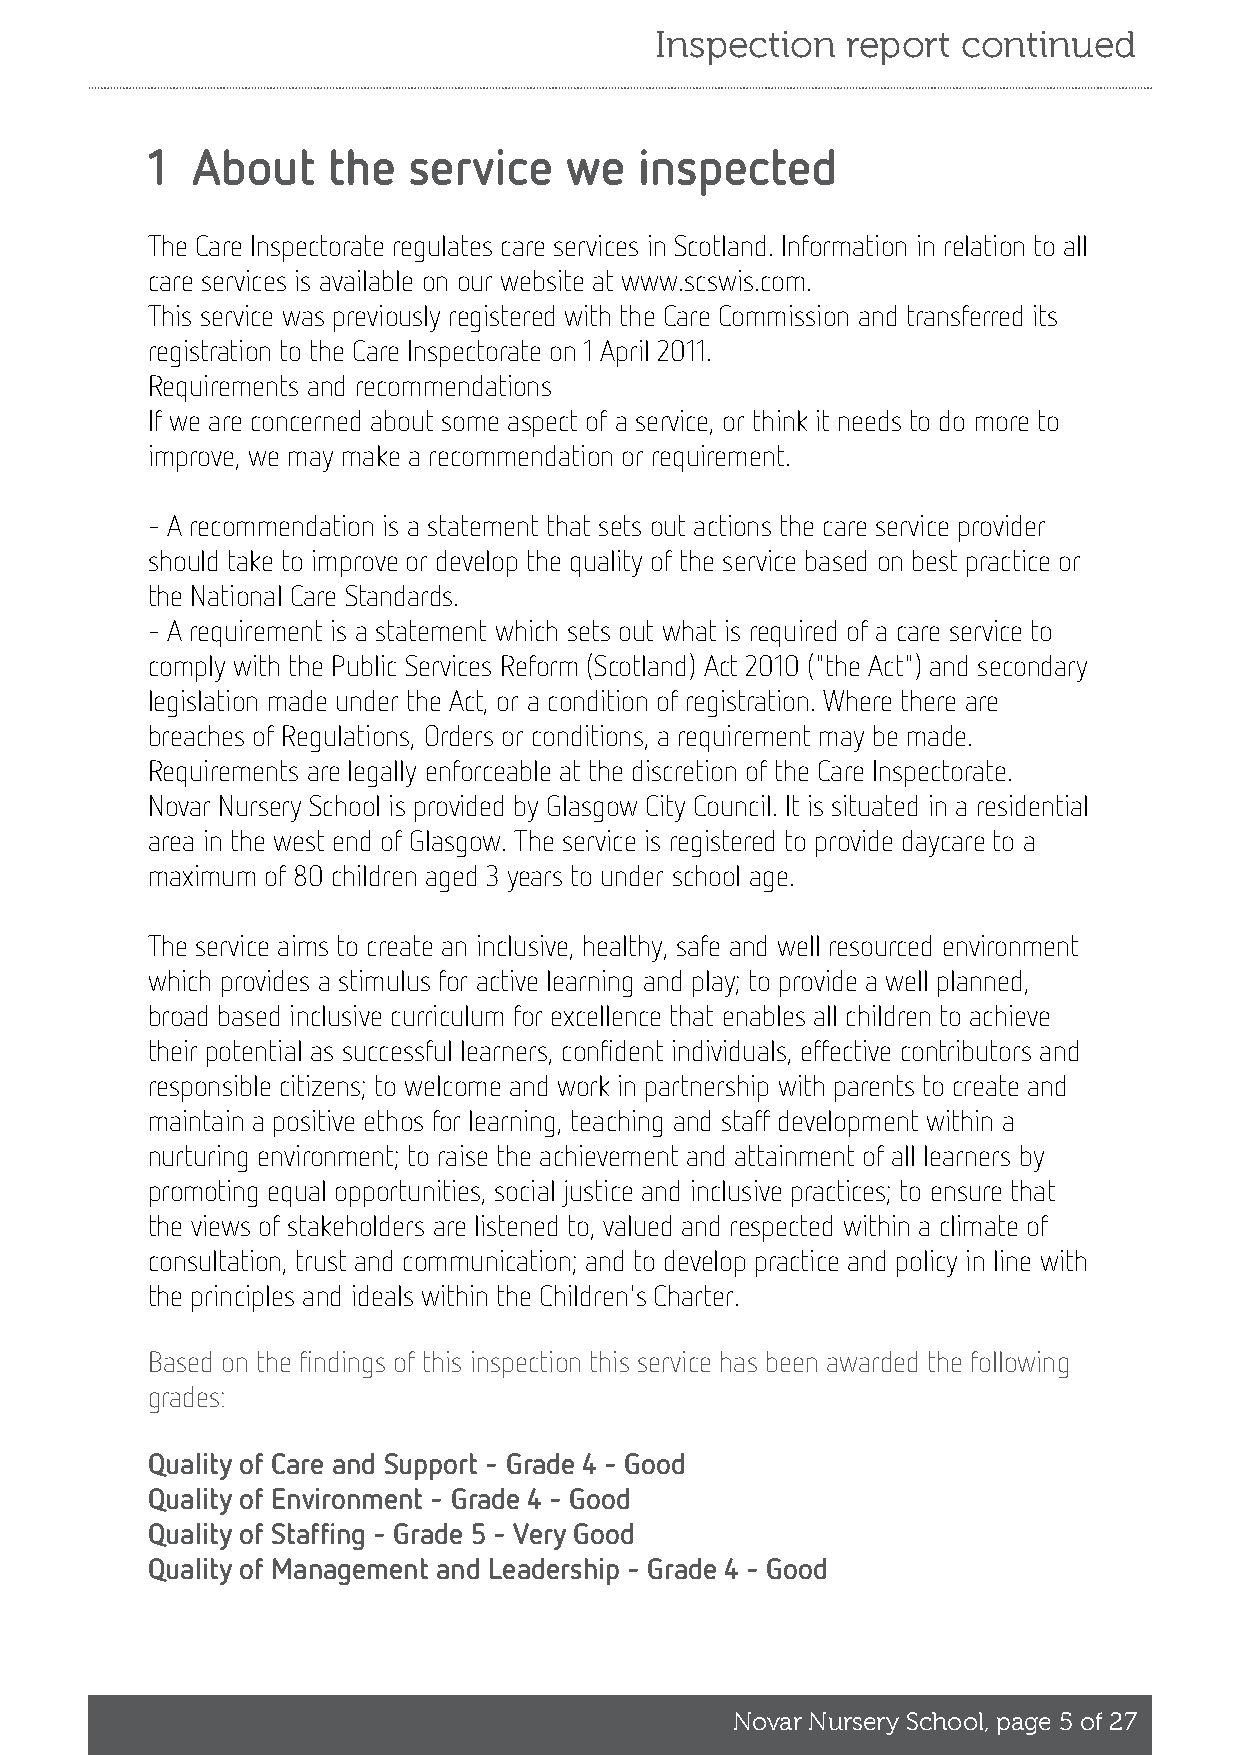
Inspection   report  continued
 1  About    the  service   we   inspected
 The Care Inspectorate regulates care services in Scotland. Information in relation to all
 care services is available on our website at www.scswis.com.
 This service was previously registered with the Care Commission and transferred its
 registration to the Care Inspectorate on 1 April 2011.
 Requirements and recommendations
 If we are concerned about some aspect of a service, or think it needs to do more to
 improve, we may make a recommendation or requirement.
 - A recommendation is a statement that sets out actions the care service provider
 should take to improve or develop the quality of the service based on best practice or
 the National Care Standards.
 - A requirement is a statement which sets out what is required of a care service to
 comply with the Public Services Reform (Scotland) Act 2010 ("the Act") and secondary
 legislation made under the Act, or a condition of registration. Where there are
 breaches of Regulations, Orders or conditions, a requirement may be made.
 Requirements are legally enforceable at the discretion of the Care Inspectorate.
 Novar Nursery School is provided by Glasgow City Council. It is situated in a residential
 area in the west end of Glasgow. The service is registered to provide daycare to a
 maximum of 80 children aged 3 years to under school age.
 The service aims to create an inclusive, healthy, safe and well resourced environment
 which provides a stimulus for active learning and play; to provide a well planned,
 broad based inclusive curriculum for excellence that enables all children to achieve
 their potential as successful learners, confident individuals, effective contributors and
 responsible citizens; to welcome and work in partnership with parents to create and
 maintain a positive ethos for learning, teaching and staff development within a
 nurturing environment; to raise the achievement and attainment of all learners by
 promoting equal opportunities, social justice and inclusive practices; to ensure that
 the views of stakeholders are listened to, valued and respected within a climate of
 consultation, trust and communication; and to develop practice and policy in line with
 the principles and ideals within the Children's Charter.
 Based on the findings of this inspection this service has been awarded the following
 grades:
 Quality of Care and Support - Grade 4 - Good
 Quality of Environment - Grade 4 - Good
 Quality of Staffing - Grade 5 - Very Good
 Quality of Management and Leadership - Grade 4 - Good
 Novar Nursery School, page 5 of 27